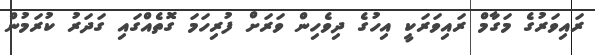
ރައިވަރުގެ މަގާމް ރައިވަރަކީ އިހުގެ ދިވެހިން ވަރަށް ފުރިހަމަ ގޮތެއްގައި ގަދަރު ކުރަމުން